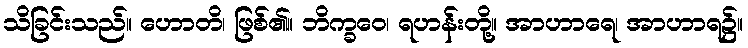
သိခြင်းသည်။ ဟောတိ၊ ဖြစ်၏။ ဘိက္ခဝေ၊ ရဟန်းတို့။ အာဟာရေ၊ အာဟာရ၌။